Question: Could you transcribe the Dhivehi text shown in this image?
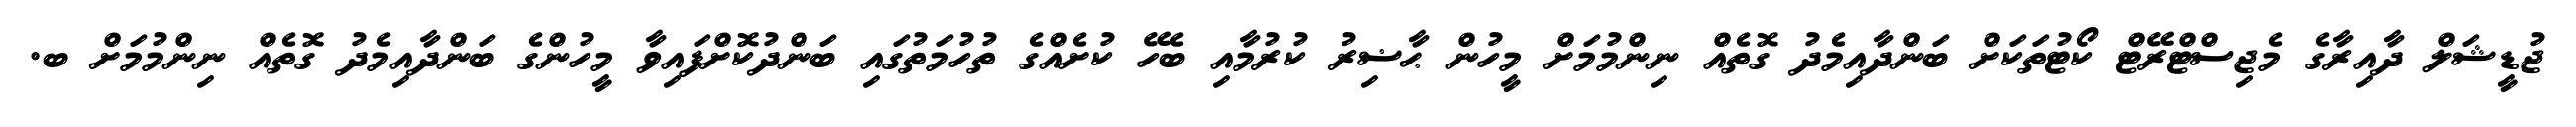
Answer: ޖުޑީޝަލް ދާއިރާގެ މެޖިސްޓްރޭޓް ކޯޓުތަކަށް ބަންދާއިމެދު ގޮތެއް ނިންމުމަށް މީހުން ޙާޟިރު ކުރުމާއި ބެހޭ ކުށެއްގެ ތުހުމަތުގައި ބަންދުކޮށްފައިވާ މީހުންގެ ބަންދާއިމެދު ގޮތެއް ނިންމުމަށް ބ.